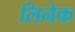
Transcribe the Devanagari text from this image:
लिनेक